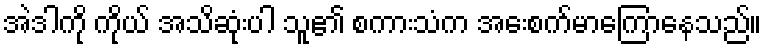
အဲဒါကို ကိုယ် အသိဆုံးပါ သူ၏ စကားသံက အေးစက်မာကြောနေသည်။